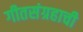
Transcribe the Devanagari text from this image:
गीतसंग्रहाची